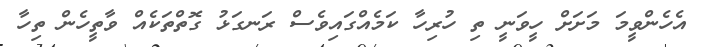
އެހެންވީމަ މަށަށް ހީވަނީ ތި ހުރިހާ ކަމެއްގައިވެސް ރަނގަޅު ގޮތްތަކެއް ވާތީހެން ތިހާ